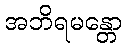
အဘိရမန္တော